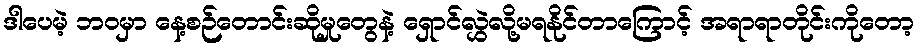
ဒါပေမဲ့ ဘဝမှာ နေ့စဉ်တောင်းဆိုမှုတွေနဲ့ ရှောင်လွှဲလို့မရနိုင်တာကြောင့် အရာရာတိုင်းကိုတော့